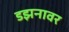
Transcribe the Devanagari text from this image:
डझनावर